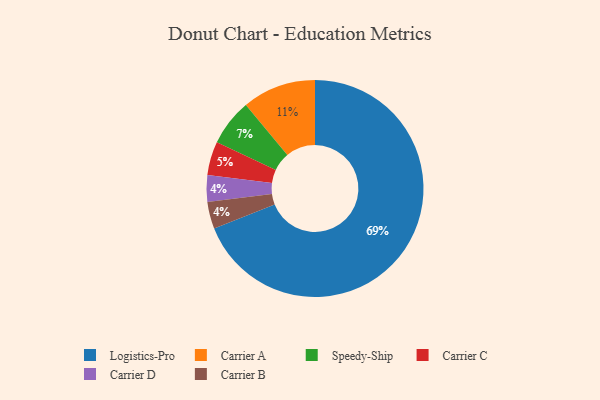
{"axis": {"x": "Category", "y": "Percentage"}, "legend": ["Carrier A", "Carrier B", "Carrier C", "Carrier D", "Logistics-Pro", "Speedy-Ship"], "data": [{"x": "Logistics-Pro", "y": 69, "type": "Logistics-Pro"}, {"x": "Speedy-Ship", "y": 7, "type": "Speedy-Ship"}, {"x": "Carrier C", "y": 5, "type": "Carrier C"}, {"x": "Carrier A", "y": 11, "type": "Carrier A"}, {"x": "Carrier D", "y": 4, "type": "Carrier D"}, {"x": "Carrier B", "y": 4, "type": "Carrier B"}]}